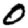
Digit: 0